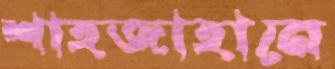
শাহজাহানে